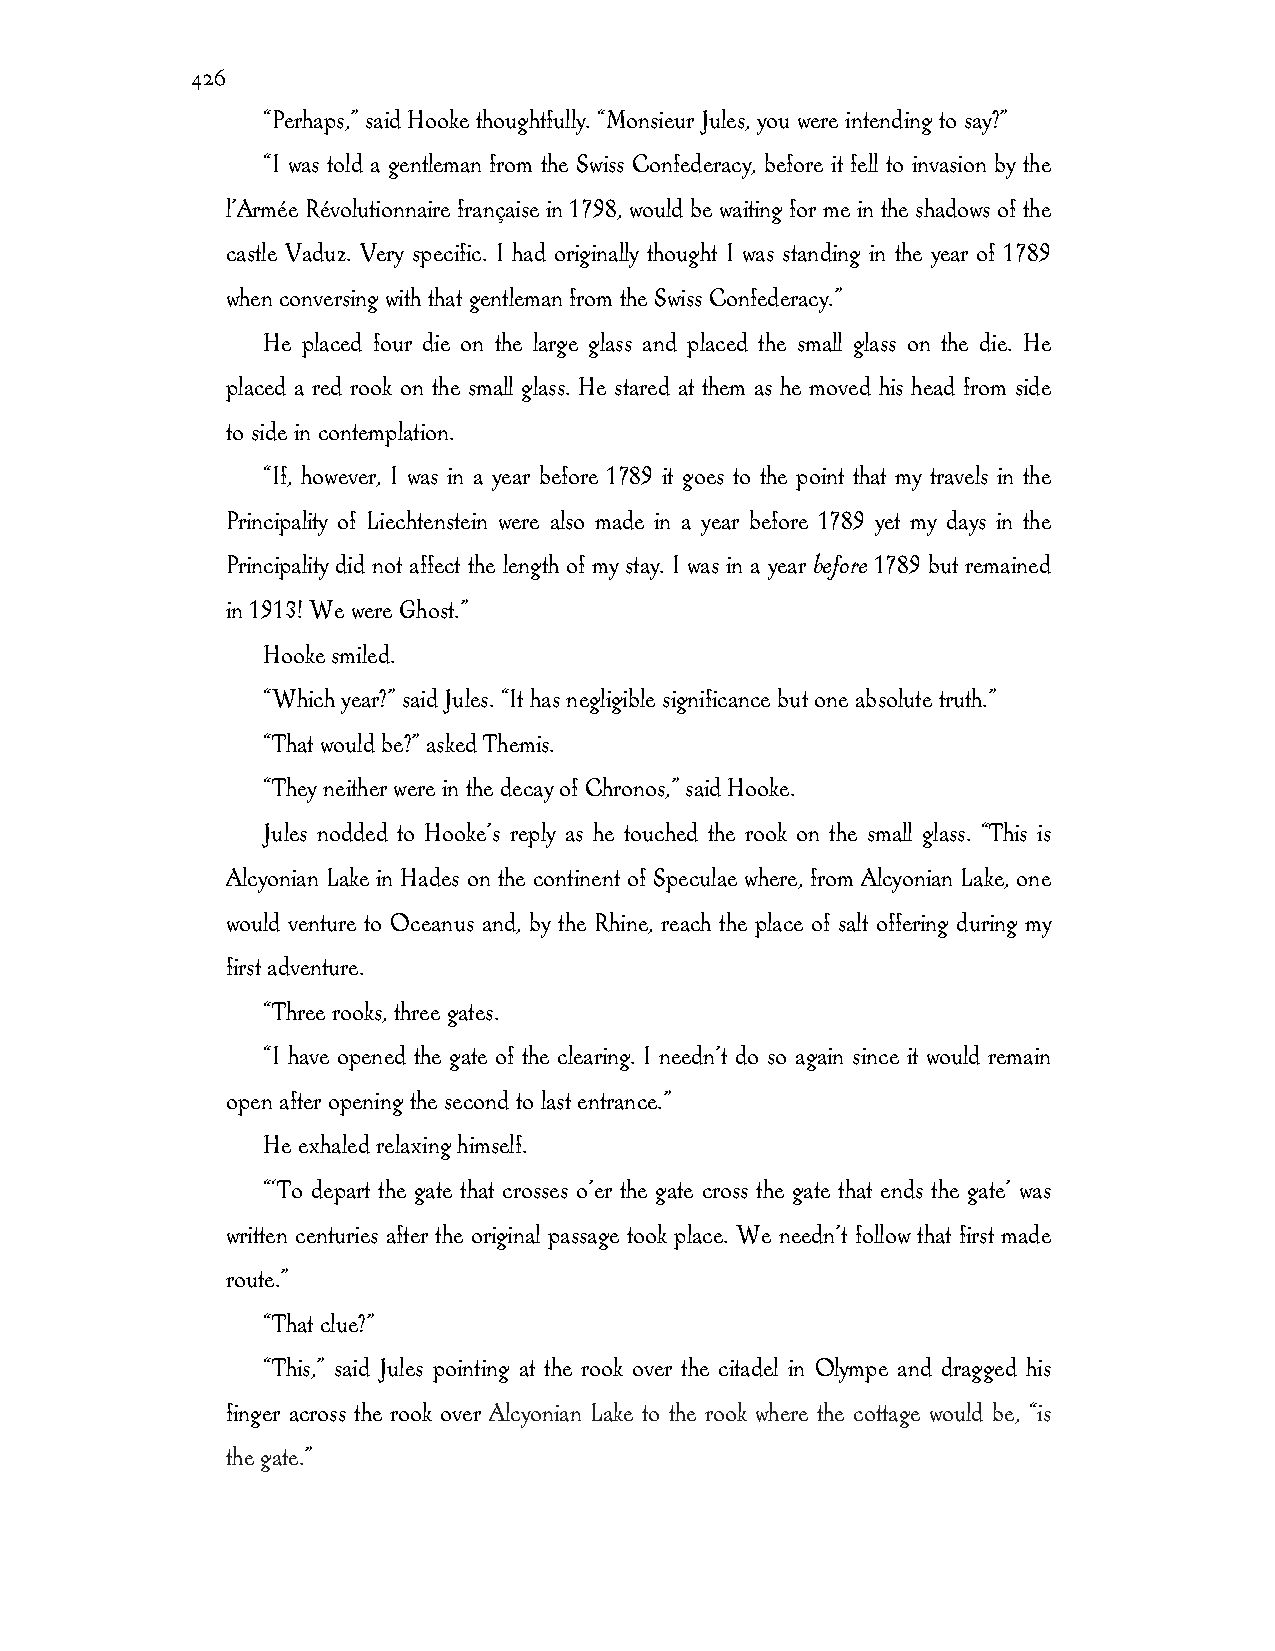
426
 “Perhaps,” said Hooke thoughtfully. “Monsieur Jules, you were intending to say?”
 “I was told a gentleman from the Swiss Confederacy, before it fell to invasion by the
 l’Armée Révolutionnaire française in 1798, would be waiting for me in the shadows of the
 castle Vaduz. Very specific. I had originally thought I was standing in the year of 1789
 when conversing with that gentleman from the Swiss Confederacy.”
 He placed four die on the large glass and placed the small glass on the die. He
 placed a red rook on the small glass. He stared at them as he moved his head from side
 to side in contemplation.
 “If, however, I was in a year before 1789 it goes to the point that my travels in the
 Principality of Liechtenstein were also made in a year before 1789 yet my days in the
 Principality did not affect the length of my stay. I was in a year before 1789 but remained
 in 1913! We were Ghost.”
 Hooke smiled.
 “Which year?” said Jules. “It has negligible significance but one absolute truth.”
 “That would be?” asked Themis.
 “They neither were in the decay of Chronos,” said Hooke.
 Jules nodded to Hooke’s reply as he touched the rook on the small glass. “This is
 Alcyonian Lake in Hades on the continent of Speculae where, from Alcyonian Lake, one
 would venture to Oceanus and, by the Rhine, reach the place of salt offering during my
 first adventure.
 “Three rooks, three gates.
 “I have opened the gate of the clearing. I needn’t do so again since it would remain
 open after opening the second to last entrance.”
 He exhaled relaxing himself.
 “‘To depart the gate that crosses o’er the gate cross the gate that ends the gate’ was
 written centuries after the original passage took place. We needn’t follow that first made
 route.”
 “That clue?”
 “This,” said Jules pointing at the rook over the citadel in Olympe and dragged his
 finger across the rook over Alcyonian Lake to the rook where the cottage would be, “is
 the gate.”